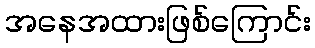
အနေအထားဖြစ်ကြောင်း